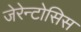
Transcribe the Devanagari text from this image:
जेरेन्टोसिस